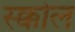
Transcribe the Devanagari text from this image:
स्क्कोल